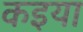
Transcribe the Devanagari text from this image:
कइया